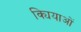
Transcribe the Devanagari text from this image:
क्यियाओं